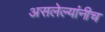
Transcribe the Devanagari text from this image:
असलेल्यांनीच